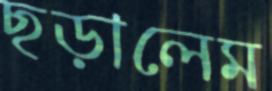
ছড়ালেম